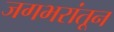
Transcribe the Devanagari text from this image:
जगभरांतून